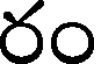
రం